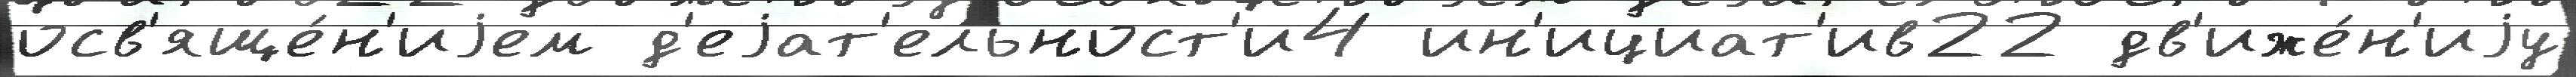
осв'яще́н'иjем д'еjат'ельност'и4 ин'ициат'ив22 дв'иже́н'иjу